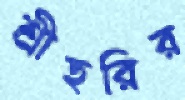
শ্রীহরির